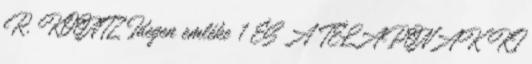
R. KOONTZ Idegen emléke 1 ÉS A TÉLAPÓNAK KI